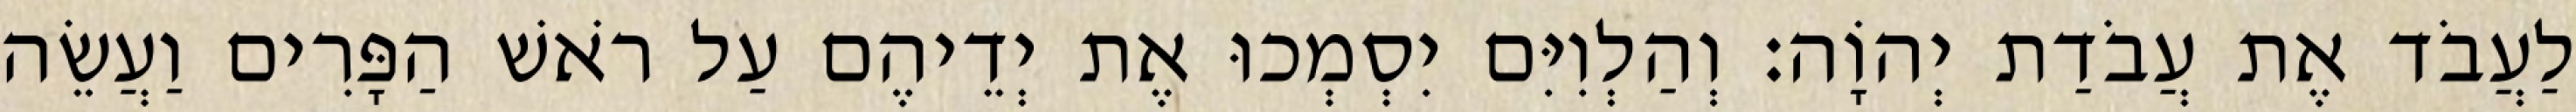
לַעֲבֹד אֶת עֲבֹדַת יְהוָֹה׃ וְהַלְוִיִּם יִסְמְכוּ אֶת יְדֵיהֶם עַל רֹאשׁ הַפָּרִים וַעֲשֵׂה